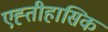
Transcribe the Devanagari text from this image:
एह्तीहासिक